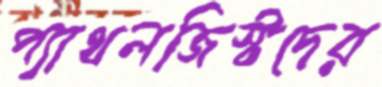
প্যাথলজিস্টদের